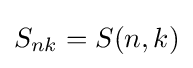
S_{nk}=S(n,k)